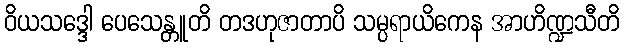
ဝိယသဒ္ဒေါ ပေသေန္တူတိ တဒဟုဇာတာပိ သမ္ပရာယိကေန အာဟိဏ္ဍသီတိ